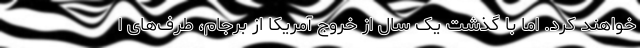
خواهند کرد. اما با گذشت یک سال از خروج آمریکا از برجام، طرف‌های ا